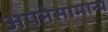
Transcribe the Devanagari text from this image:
अपनेसामान्य